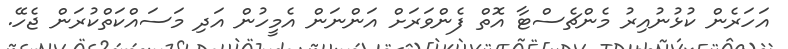
އަހަރެން ކުޅުނުއިރު މެންޗެސްޓާ އޮތް ފެންވަރަށް އަންނަން އެމީހުން އަދި މަސައްކަތްކުރަން ޖެހޭ.